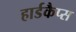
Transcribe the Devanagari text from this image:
हार्डकैप्स